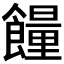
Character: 𩞯